Report on the bubonic plague in Bombay, 1896-1897
Year: 1896
Disease focus: Plague
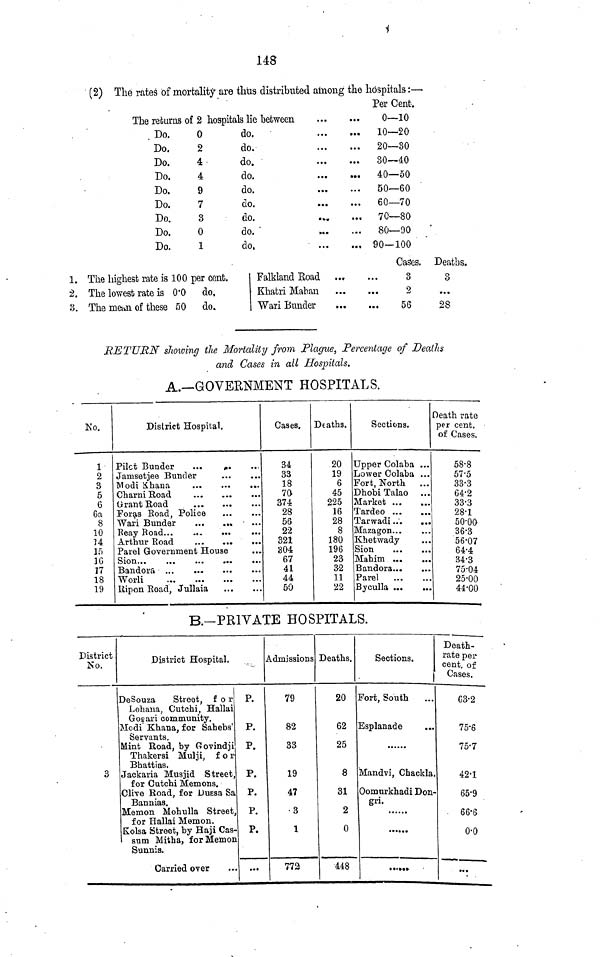
148
(2) The rates of mortality are thus distributed among the hospitals :—
The returns of 2 hospitals lie between
Do.
0
do.
Do.
2
do.
Do.
4
do.
Do.
4
do.
Do.
9
do.
Do.
7
do.
Do.
3
do.
Do.
0
do.
Do.
1
do,
...
···
...
...
···
···
...
...
...
...
...
...
...
...
...
Per Cent.
0—10
10—20
20—30
30—40
40—50
50—60
60—70
70—80
80—90
90—100
1. The highest rate is 100 per cent.
2. The lowest rate is 0.0 do.
3. The mean of these 50
do.
Falkland Road ...
Khatri Mahan ...
Wari Bunder ...
Cases.
3
2
56
Deaths.
3
·..
28
RETURN showing the Mortality from Plague, Percentage of Deaths
and Cases in all Hospitals.
A.—GOVERNMENT HOSPITALS.
No.
1
2
3
5
6
6a
8
10
Ï4
15
16
17
18
19
District Hospital.
Pilct Bunder
... ... ...
Jamsetjee Bunder
...
...
Modi Khana ...
Charni Road
...
Grant Road
...
Foras Road, Police ... ...
Wari Bunder
...
...
...
Arthur Road
Parel Government House
Sion
...
...
...
...
Bandora ...
...
...
...
Worli
...
...
...
...
Ripon Road, Jullaia ... ...
Cases.
34
33
18
70
374
28
56
22
321
304
67
41
44
50
Deaths.
20
19
6
45
225
16
28
8
180
196
23
32
11
22
Sections.
Upper Colaba ...
Lower Colaba ...
Fort, North
...
Dhobi Talao ...
Market
Tardeo
Tarwadi...
Mazagon
Khetwady ...
Sion
...
...
Mahim
Bandora
Parel
Byculla ... ...
Death rate
per cent.
of Cases.
58.8
57.5
33.3
64.2
33.3
28.1
50.00
36.3
56.07
64.4
34..3
75.04
25.00
44.00
B.-PRIVATE HOSPITALS.
District
No.
3
District Hospital.
DeSouza
Street,
for
Lohaua, Cutchi, Hallai
Gogari community.
Modi Khana, for Sahebs
Servants.
Mint Road, by Govindji
Thakersi Mulji,
for
Bhattias.
Jackaria Musjid Street,
for Cutchi Memons.
Clive Road, for Dussa Sa
Bannias.
Memon Mohulla Street,
for Hallai Memon.
Kolsa Street, by Haji Cas-
sum Mitha, for Memon
Sunnis.
Carried over ...
P.
P.
P.
P.
P.
P.
P.
...
Admissions
79
82
33
19
47
3
1
772
Deaths.
20
62
25
8
31
2
0
448
Sections.
Fort, South
Esplanade
......
Mandvi, Chackla.
Oomurkhadi Don-
gri.
······
......
Death-
rate per
cent. of
Cases.
63.2
75.6
75.7
42.1
65.9
66.6
0.0
···